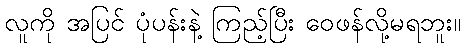
လူကို အပြင် ပုံပန်းနဲ့ ကြည့်ပြီး ဝေဖန်လို့မရဘူး။